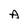
Character: A